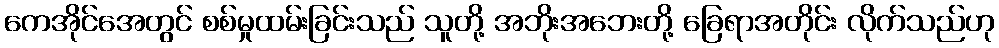
ကေအိုင်အေတွင် စစ်မှုထမ်းခြင်းသည် သူတို့ အဘိုးအဘေးတို့ ခြေရာအတိုင်း လိုက်သည်ဟု